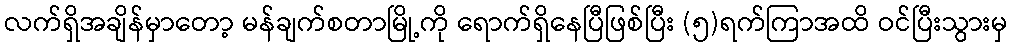
လက်ရှိအချိန်မှာတော့ မန်ချက်စတာမြို့ကို ရောက်ရှိနေပြီဖြစ်ပြီး (၅)ရက်ကြာအထိ ဝင်ပြီးသွားမှ